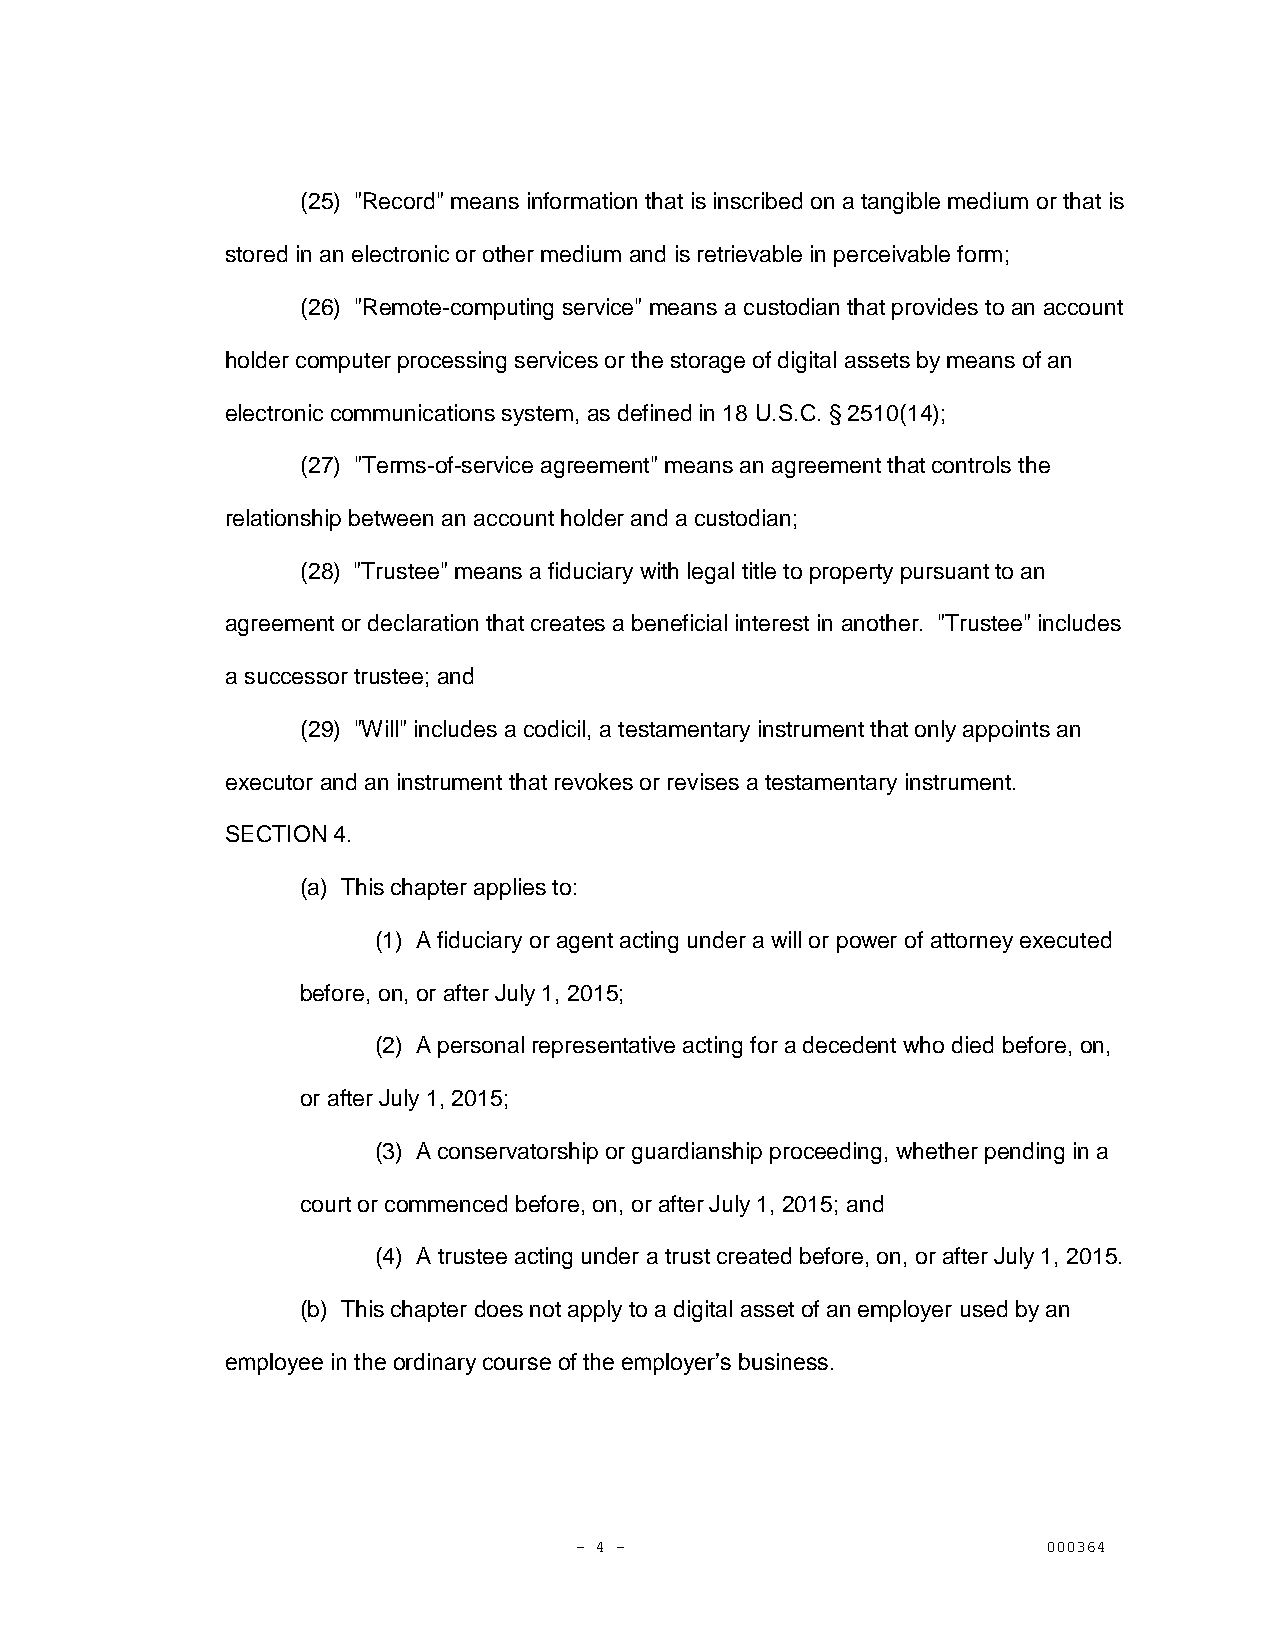
(25) "Record" means information that is inscribed on a tangible medium or that is
 stored in an electronic or other medium and is retrievable in perceivable form;
 (26) "Remote-computing service" means a custodian that provides to an account
 holder computer processing services or the storage of digital assets by means of an
 electronic communications system, as defined in 18 U.S.C. § 2510(14);
 (27) "Terms-of-service agreement" means an agreement that controls the
 relationship between an account holder and a custodian;
 (28) "Trustee" means a fiduciary with legal title to property pursuant to an
 agreement or declaration that creates a beneficial interest in another. "Trustee" includes
 a successor trustee; and
 (29) "Will" includes a codicil, a testamentary instrument that only appoints an
 executor and an instrument that revokes or revises a testamentary instrument.
 SECTION 4.
 (a) This chapter applies to:
 (1) A fiduciary or agent acting under a will or power of attorney executed
 before, on, or after July 1, 2015;
 (2) A personal representative acting for a decedent who died before, on,
 or after July 1, 2015;
 (3) A conservatorship or guardianship proceeding, whether pending in a
 court or commenced before, on, or after July 1, 2015; and
 (4) A trustee acting under a trust created before, on, or after July 1, 2015.
 (b) This chapter does not apply to a digital asset of an employer used by an
 employee in the ordinary course of the employer’s business.
 - 4 -                          000364